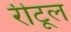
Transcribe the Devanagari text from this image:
रीटूल